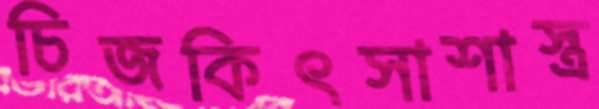
চিজকিৎসাশাস্ত্র